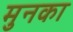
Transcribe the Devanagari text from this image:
मुनका